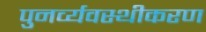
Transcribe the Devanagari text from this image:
पुनर्व्यवस्थीकरण